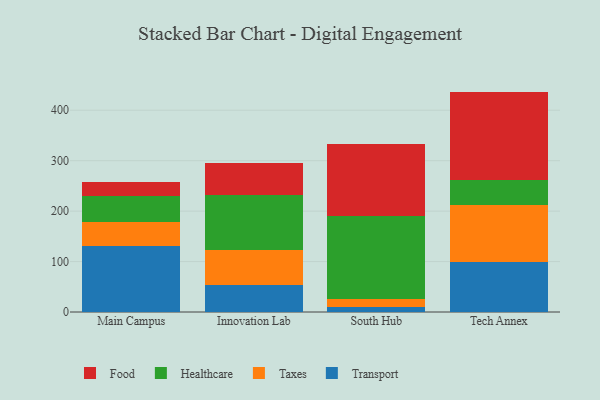
{"axis": {"x": "Campus", "y": "Revenue (USD Million)"}, "legend": ["Food", "Healthcare", "Taxes", "Transport"], "data": [{"x": "Main Campus", "y": 130.9, "type": "Transport"}, {"x": "Main Campus", "y": 48.3, "type": "Taxes"}, {"x": "Main Campus", "y": 51.0, "type": "Healthcare"}, {"x": "Main Campus", "y": 28.4, "type": "Food"}, {"x": "Innovation Lab", "y": 53.2, "type": "Transport"}, {"x": "Innovation Lab", "y": 70.4, "type": "Taxes"}, {"x": "Innovation Lab", "y": 107.4, "type": "Healthcare"}, {"x": "Innovation Lab", "y": 64.8, "type": "Food"}, {"x": "South Hub", "y": 9.9, "type": "Transport"}, {"x": "South Hub", "y": 15.6, "type": "Taxes"}, {"x": "South Hub", "y": 165.1, "type": "Healthcare"}, {"x": "South Hub", "y": 143.2, "type": "Food"}, {"x": "Tech Annex", "y": 98.5, "type": "Transport"}, {"x": "Tech Annex", "y": 112.7, "type": "Taxes"}, {"x": "Tech Annex", "y": 49.7, "type": "Healthcare"}, {"x": "Tech Annex", "y": 176.0, "type": "Food"}]}